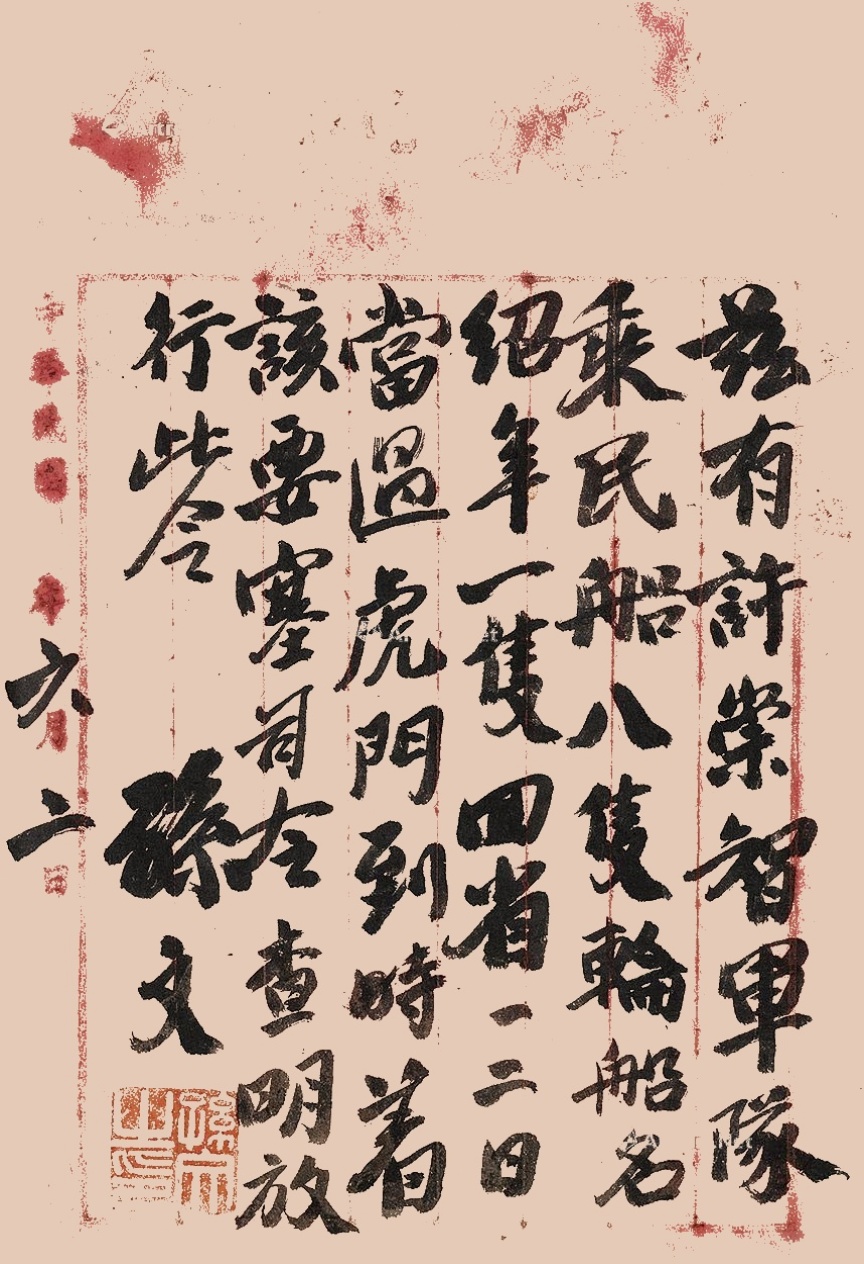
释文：兹有许崇智军队乘民船八只、轮船名绍年一只回省，一二日当过虎门。到时着该要塞司令查明放行，此令。六月二日。孙文。